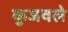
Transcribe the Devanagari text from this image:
कुजवले